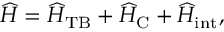
\widehat { H } = \widehat { H } _ { \mathrm { T B } } + \widehat { H } _ { \mathrm { C } } + \widehat { H } _ { \mathrm { i n t } } ,